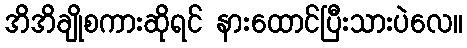
အိအိချိုစကားဆိုရင် နားထောင်ပြီးသားပဲလေ။